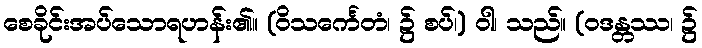
စေခိုင်းအပ်သောရဟန်း၏။ (ဝိသင်္ကေတံ၊ ၌ စပ်၊) ဝါ၊ သည်။ (ဝဒန္တဿ၊ ၌